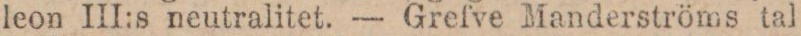
leon III:s neutralitet. — Grefve Manderströms tal